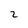
Character: 2